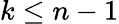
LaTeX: k\leq n-1